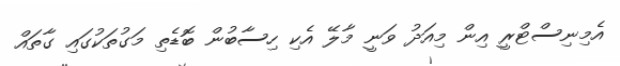
އެމިނިސްޓްރީ އިން މިއަދު ވަނީ މާލޭ އެކި ހިސާބުން ބޮޑެތި މަގުތަކުގައި ގާތައް